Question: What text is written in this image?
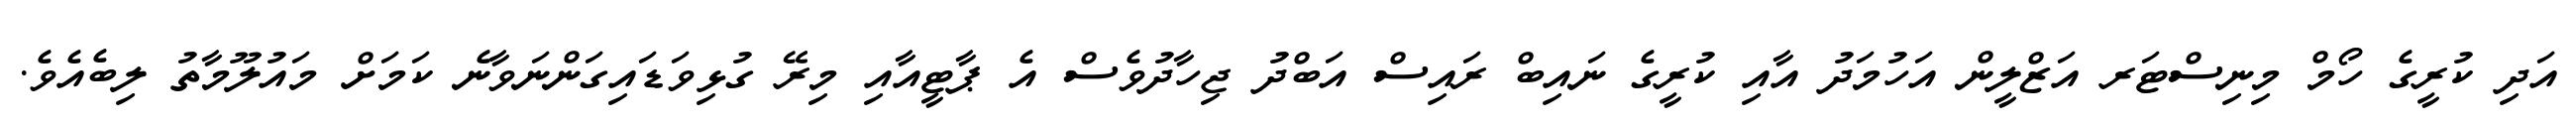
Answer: އަދި ކުރީގެ ހޯމް މިނިސްޓަރ އަޒްލީން އަހުމަދު އާއި ކުރީގެ ނައިބް ރައިސް އަބްދު ޖިހާދުވެސް އެ ޕާޓީއާއި މިރޭ ގުޅިވަޑައިގަންނަވާނެ ކަމަށް މައުލޫމާތު ލިބެއެވެ.